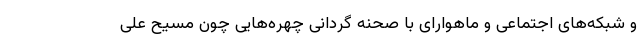
و شبکه‌های اجتماعی و ماهوار‌ای با صحنه گردانی چهره‌هایی چون مسیح علی‌